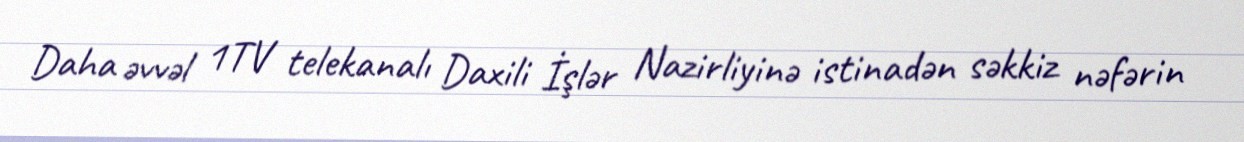
Daha əvvəl 1TV telekanalı Daxili İşlər Nazirliyinə istinadən səkkiz nəfərin